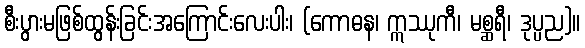
စီးပွားမဖြစ်ထွန်းခြင်းအကြောင်းလေးပါး၊ (ကောဓန၊ ဣဿုကီ၊ မစ္ဆရီ၊ ဒုပ္ပည)။